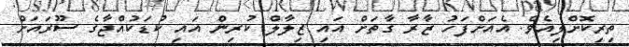
ތިރިކޮށްލިއެވެ. އެއަށްފަހު ޒާރާ ގާތަށް އައި ޒިލާލް ކުރިން އައި ކުޑަކުއްޖާގެ ސޫރައަށް